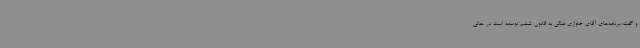
و گفت: برنامه‌های آقای خاوازی متکی به قانون ششم توسعه است در حالی